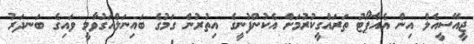
ޖީއޭސީއެލް އިން އެއާޕޯޓު ތަރައްގީކުރުމަށް އެކުންފުނީގެ އިތުރުން ގަމުގެ ބައިނަލްއަގުވާމީ ވައިގެ ބަނދަރު